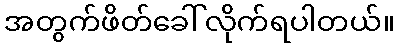
အတွက်ဖိတ်ခေါ်လိုက်ရပါတယ်။